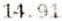
14.91